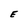
Character: E